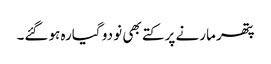
پتھر مارنے پر کتے بھی نو دو گیارہ ہوگئے۔